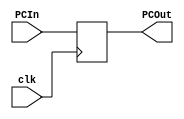
`timescale 1ns / 1ps
//////////////////////////////////////////////////////////////////////////////////
// Company: 
// Engineer: 
// 
// Design Name: 
// Module Name: PC
// Project Name: 
// Target Devices: 
// Tool Versions: 
// Description: 
// 
// Dependencies: 
// 
// Revision:
// Revision 0.01 - File Created
// Additional Comments:
// 
//////////////////////////////////////////////////////////////////////////////////


module PC(PCIn, PCOut, clk);
//inputs - clock, NPCin
input clk;
input [31:0] PCIn;
//outputs - NPOut
output reg [31:0] PCOut;

initial
begin
//Set first instance to 100
PCOut <= 100;
end

//On positive edge set new program count
always @ (posedge clk)
begin
PCOut <= PCIn;
end
endmodule